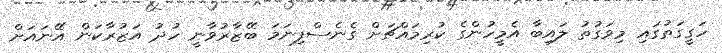
ހަގީގަތުގައި މިވަގުތު ލައިބާ އެމީހުންގެ ކުރިމައްޗަށް ގެނެސްފިނަމަ ބޭޒާރުވާނީ ހުދު އަޒުރާކަން އޭނައަށް